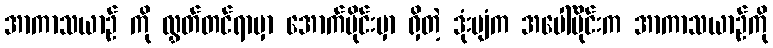
အာကာသယာဉ် ကို လွှတ်တင်ရာမှာ အောက်ပိုင်းမှာ ရှိတဲ့ ဒုံးပျံက အပေါ်ပိုင်းက အာကာသယာဉ်ကို